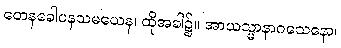
တေနခေါပနသမယေန၊ ထိုအခါ၌။ အာယသ္မာနာဂသေနော၊